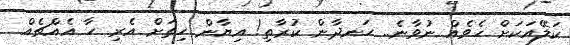
ކަލޭއަކަށް ހެވެއް ނުވާނެ.. ހަނދާން ކުރާތި! އިޔާން ހިތަށް އެރި ހާ އެއްޗެއް